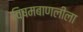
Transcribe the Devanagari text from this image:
विषमबाणलीला